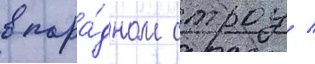
в пара́дном строу /